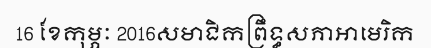
16 ខែកុម្ភៈ 2016សមាជិកព្រឹទ្ធសភាអាមេរិក